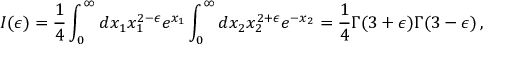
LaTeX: I ( \epsilon ) = { \frac { 1 } { 4 } } \int _ { 0 } ^ { \infty } d x _ { 1 } x _ { 1 } ^ { 2 - \epsilon } e ^ { x _ { 1 } } \int _ { 0 } ^ { \infty } d x _ { 2 } x _ { 2 } ^ { 2 + \epsilon } e ^ { - x _ { 2 } } = { \frac { 1 } { 4 } } \Gamma ( 3 + \epsilon ) \Gamma ( 3 - \epsilon ) \, ,